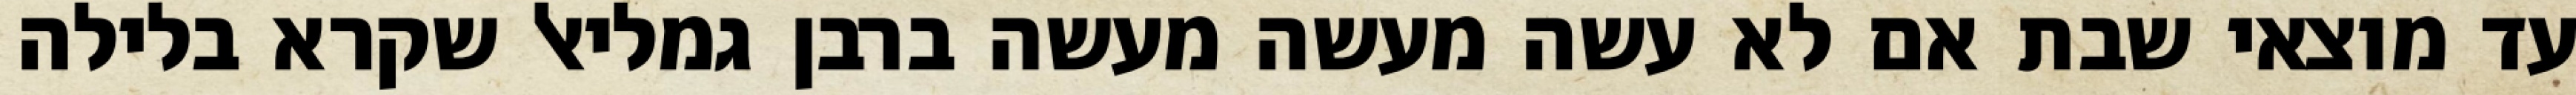
עד מוצאי שבת אם לא עשה מעשה מעשה ברבן גמליאל שקרא בלילה